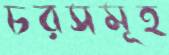
চরসমূহ